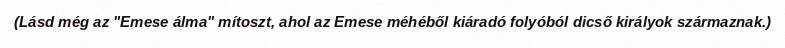
(Lásd még az "Emese álma" mítoszt, ahol az Emese méhéből kiáradó folyóból dicső királyok származnak.)